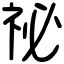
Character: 祕